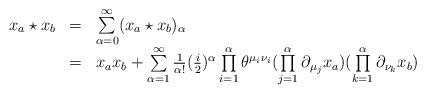
LaTeX: \begin{align*}\begin{array}{lcl}x_{a} \star x_{b} &=& \sum\limits_{\alpha = 0}^{\infty}(x_a \star x_b)_{\alpha} \\&=& x_{a}x_{b}+ \sum\limits_{{\alpha} = 1}^{\infty} \frac{1}{\alpha!}(\frac{i}{2})^{\alpha}\prod\limits_{i=1}^{\alpha}\theta^{\mu_i \nu_i}(\prod\limits_{j=1}^{\alpha}\partial_{\mu_{j}}x_a)(\prod\limits_{k=1}^{\alpha}\partial_{\nu_k}x_b)\end{array}\end{align*}